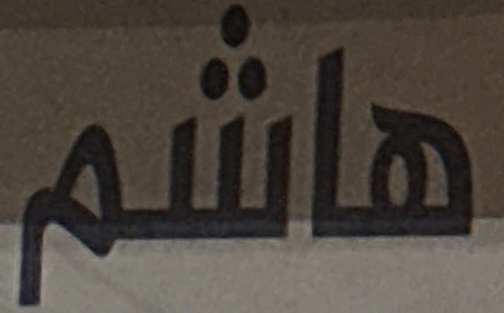
هاشم